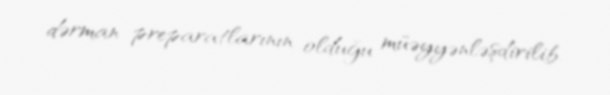
dərman preparatlarının olduğu müəyyənləşdirilib.